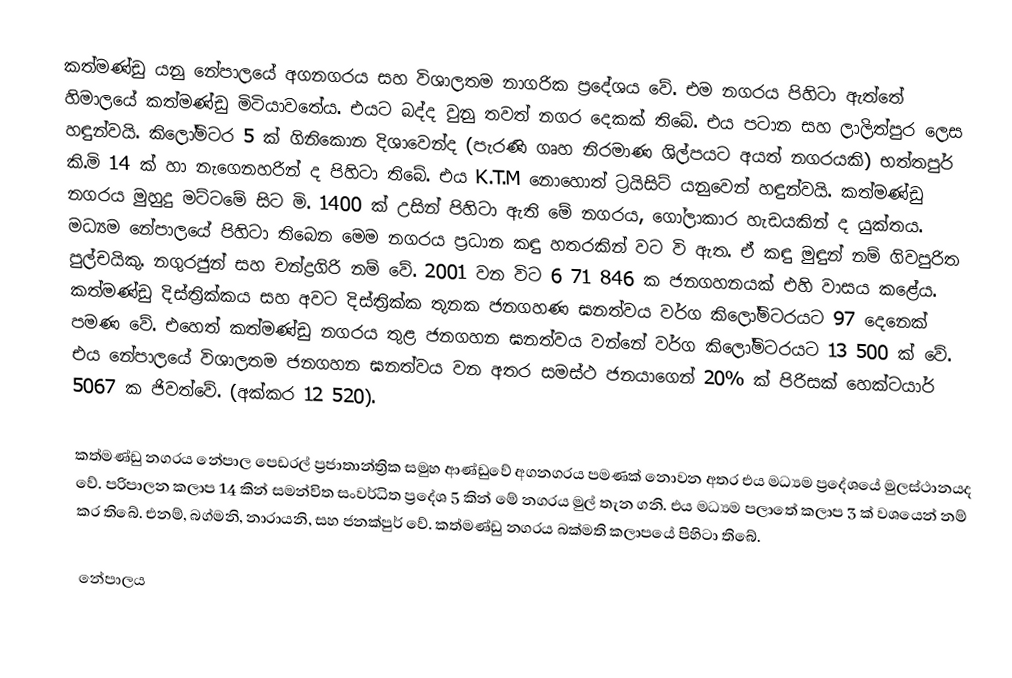
කත්මණ්ඩු යනු නේපාලයේ අගනගරය සහ විශාලතම නාගරික ප්‍රදේශය වේ. එම නගරය පිහිටා ඇත්තේ හිමාලයේ කත්මණ්ඩු මිටියාවතේය. එයට බද්ද වුනු තවත් නගර දෙකක් තිබේ. එය පටාන සහ ලාලිත්පුර ලෙස හඳුන්වයි. කිලෝමිටර 5 ක් ගිනිකොන දිශාවෙන්ද (පැරණි ගෘහ නිරමාණ ශිල්පයට අයත් නගරයකි) භත්තපුර් කි.මි 14 ක් හා නැගෙනහරින් ද පිහිටා තිබේ. එය K.T.M නොහොත් ට්‍රයිසිට් යනුවෙන් හඳුන්වයි. කත්මණ්ඩු නගරය මුහුදු මට්ටමේ සිට මි. 1400 ක් උසින් පිහිටා ඇති මේ නගරය, ගෝලාකාර හැඩයකින් ද යුක්තය. මධ්‍යම නේපාලයේ පිහිටා තිබෙන මෙම නගරය ප්‍රධාන කඳු හතරකින් වට වි ඇත. ඒ කඳු මුඳුන් නම් ගිවපුරිත පුල්චයිකු. නගුරජුන් සහ චන්ද්‍රගිරි නම් වේ. 2001 වන විට 6 71 846 ක ජනගහනයක් එහි වාසය කළේය. කත්මණ්ඩු දිස්ත්‍රික්කය සහ අවට දිස්ත්‍රික්ක තුනක ජනගහණ ඝනත්වය වර්ග කිලෝමිටරයට 97 දෙනෙක් පමණ වේ. එහෙත් කත්මණ්ඩු නගරය තුළ ජනගහන ඝනත්වය වන්නේ වර්ග කිලෝමිටරයට 13 500 ක් වේ. එය නේපාලයේ විශාලතම ජනගහන ඝනත්වය වන අතර සමස්ථ ජනයාගෙන් 20% ක් පිරිසක් හෙක්ටයාර් 5067 ක ජිවත්වේ. (අක්කර 12 520).

කත්මණ්ඩු නගරය නේපාල පෙඩරල් ප්‍රජාතාන්ත්‍රික සමුහ ආණ්ඩුවේ අගනගරය පමණක් නොවන අතර එය මධ්‍යම ප්‍රදේශයේ මුලස්ථානයද වේ. පරිපාලන කලාප 14 කින් සමන්විත සංවර්ධිත ප්‍රදේශ 5 කින් මේ නගරය මුල් තැන ගනි. එය මධ්‍යම පලාතේ කලාප 3 ක් වශයෙන් නම් කර තිබේ. එනම්, බග්මනි, නාරායනි, සහ ජනක්පුර් වේ. කත්මණ්ඩු නගරය බක්මති කලාපයේ පිහිටා තිබේ.

නේපාලය